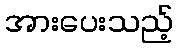
အားပေးသည့်